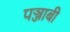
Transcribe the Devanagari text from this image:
पञ्जाबी